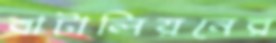
বাটালিয়নের